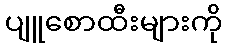
ပျူစောထီးများကို